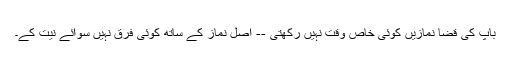
باپ کی قضا نمازیں کوئی خاص وقت نہیں رکھتی -- اصل نماز کے ساتھ کوئی فرق نہیں سوائے نیت کے۔